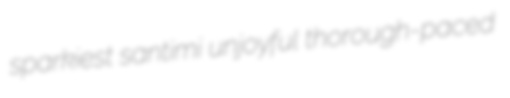
sparkiest santimi unjoyful thorough-paced